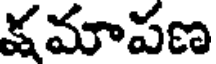
క్షమాపణ